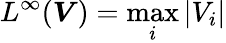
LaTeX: L^{\infty}(\boldsymbol{V})=\operatorname*{max}_{i}{|V_{i}|}